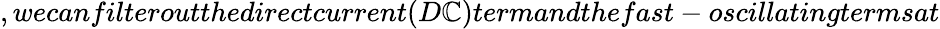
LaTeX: ,wecanfilteroutthedirectcurrent(D\mathbb{C})termandthefast-oscillatingtermsat